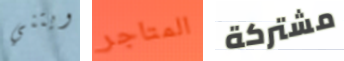
ويتني المتاجر مشتركة